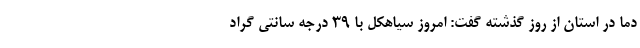
دما در استان از روز گذشته گفت: امروز سیاهکل با ۳۹ درجه سانتی گراد